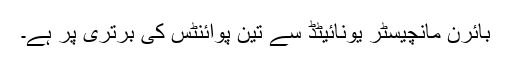
بائرن مانچیسٹر یونائیٹڈ سے تین پوائنٹس کی برتری پر ہے۔